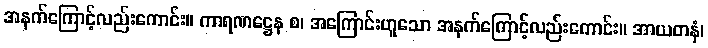
အနက်ကြောင့်လည်းကောင်း။ ကာရဏဋ္ဌေန စ၊ အကြောင်းဟူသော အနက်ကြောင့်လည်းကောင်း။ အာယတနံ၊